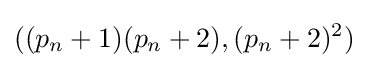
((p_{n}+1)(p_{n}+2),(p_{n}+2)^{2})